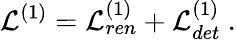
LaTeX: {\cal L}^{(1)}={\cal L}_{ren}^{(1)}+{\cal L}_{det}^{(1)}\ .